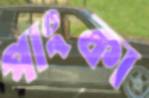
পাংকা